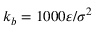
k _ { b } = 1 0 0 0 \varepsilon / \sigma ^ { 2 }